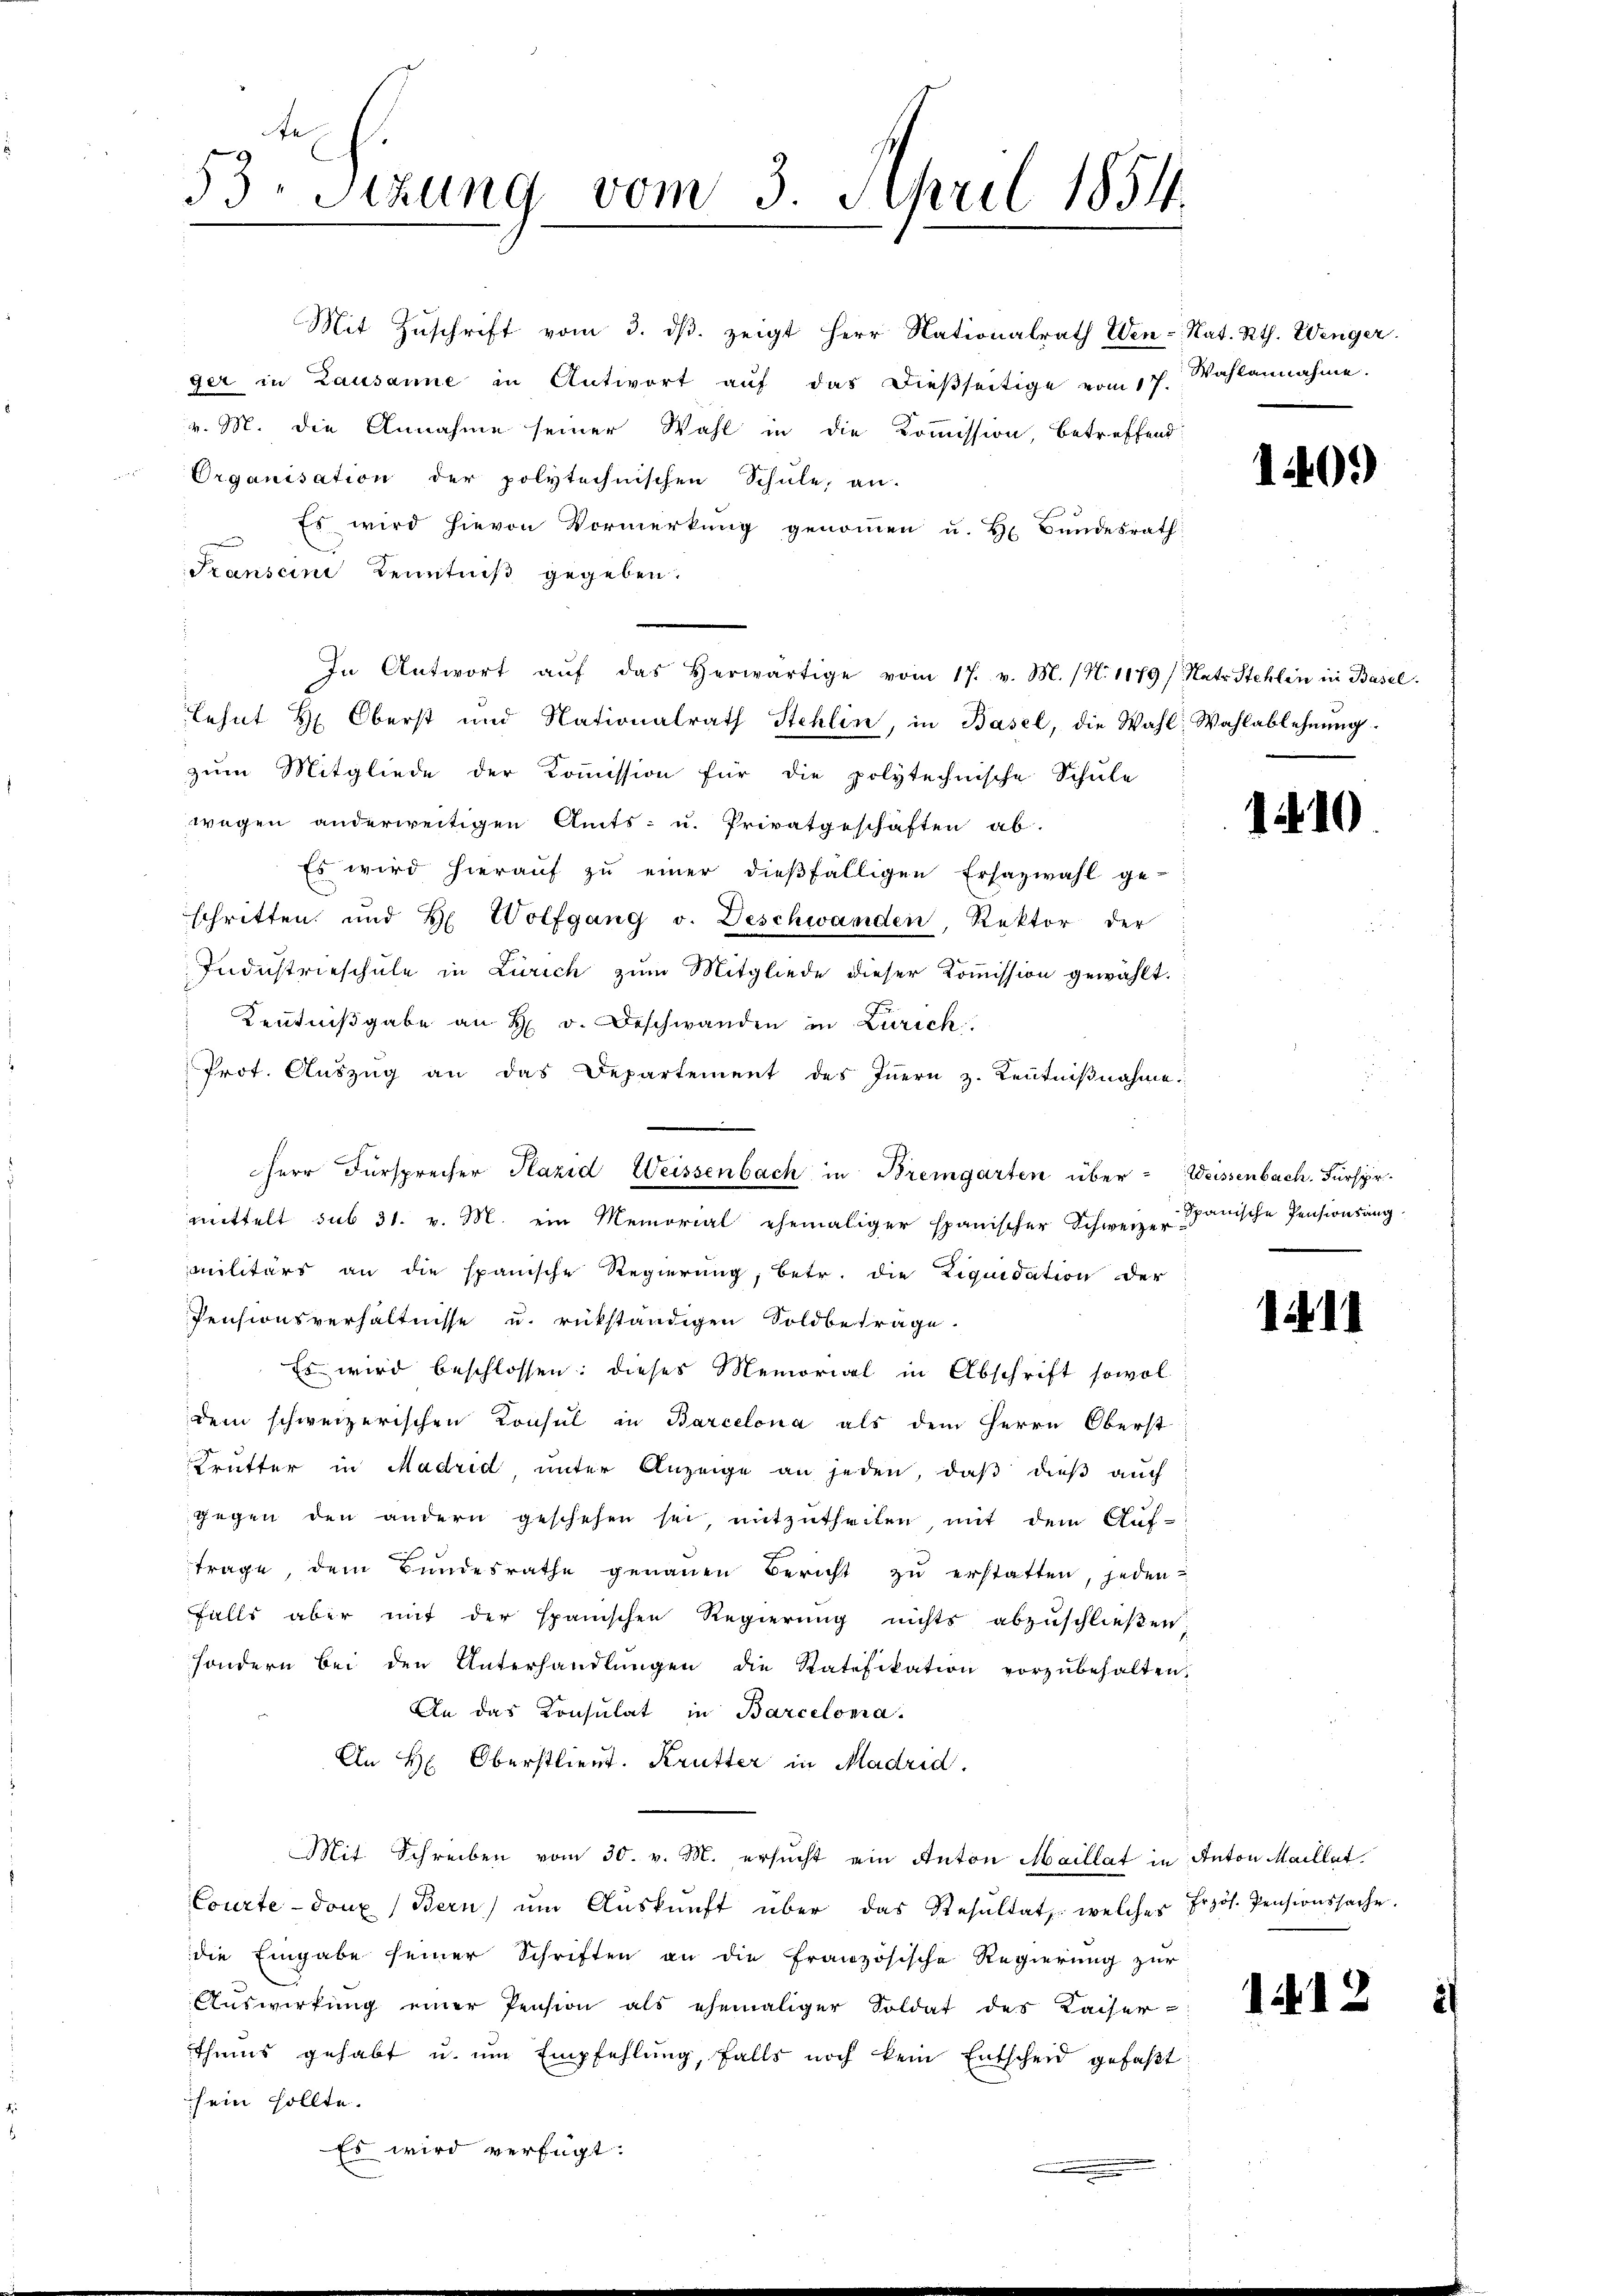
53. Sitzung vom 3. April 1854.

Mit Zŭschrift vom 3. dβ. zeigt Herr Nationalrath Wen - Rat. Rth. Wenger.
ger in Lausanne in Antwort aŭf das dießseitige vom 17. Wahlannahme.
v. M. die Annahme seiner Wahl in die Kommission, betreffend
Organisation der polytechnischen Schule, an.
Es wird hievon Vormerkung genommen u. H. Bundesrath
Transcini Kenntniß gegeben.
In Antwort aŭf das herwärtige vom 17. v. M. (N. 1179/ Natr. Stehlen in Basel.
lehnt H. Oberst und Nationalrath Stehlin, in Basel, die Wahl. Wahlablehnŭng
zum Mitgliede der Kommission für die polytechnische Schule
wegen anderweitigen Amts- u. Privatgeschäften ab.
Es wird hierauf zu einer dießfälligen Ersazwahl ge-
schritten und H. Wolfgang v. Deschwanden, Rektor der
Industrieschule in Zürich zum Mitgliede dieser Kommission gewählt.
Kenntnißgabe an H v. Beschwanden in Zürich
Prot. Aŭszŭg an das Departement des Iṅern z. Kenntniβnahme
mittelt sub 31. v. M. ein Memorial ehemaliger spanischer Schweiz. Spanische Pensionsang-
militärs an die spanische Regierung, betr. die Liquidation der
Pensionsverhältnisse u. rükständigen Soldbeträge.
Es wird beschlossen: dieses Memorial in Abschrift sowol
dem schweizerischen Konsul in Barcelona als dem Herrn Oberst
Trutter in Madrid unter Anzeige an jeden, daß dieß auch
gegen den andern geschehen sei, mitzŭtheilen, mit dem Aŭf-
trage, dem Bŭndesrathe genaŭen Bericht zŭ erstatten, jeden-
falls aber mit der spanischen Regierung nichts abzuschließen
sondern bei den Unterhandlŭngen die Ratifikation vorzŭbehalten.
An das Consulat in Barcelona.
An H. Oberstlieut. Krutter in Madrid.
Mit Schreiben vom 30. v. M. ersucht ein Anton Maillat in Anton Maillat
Courte-doux (Bern ŭm Aŭskŭnft über das Resŭltat, welcher Frzös. Pensionssache.
die Eingabe seiner Schriften an die Französische Regierung zur
Aŭswirkung einer Pension als ehemaliger Soldat des Kaiser-
thums gehabt u. um Empfehlung, falls noch kein Entscheid gefaßt
sein sollte.
Es wird verfügt:
.

Herr Fürsprecher Plazid Weissenbach in Bremgarten über - Weissenbach. Fürspr.

1409

1410

1411

113